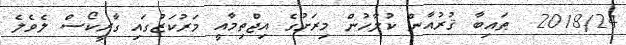
2018/24  ޠައިބާ ޤުރުއާން ކުލާހުން މިރަށުގެ އިޖްތިމާއީ މަރުކަޒުގައި ގާރީކޯސް ލެވެލެ